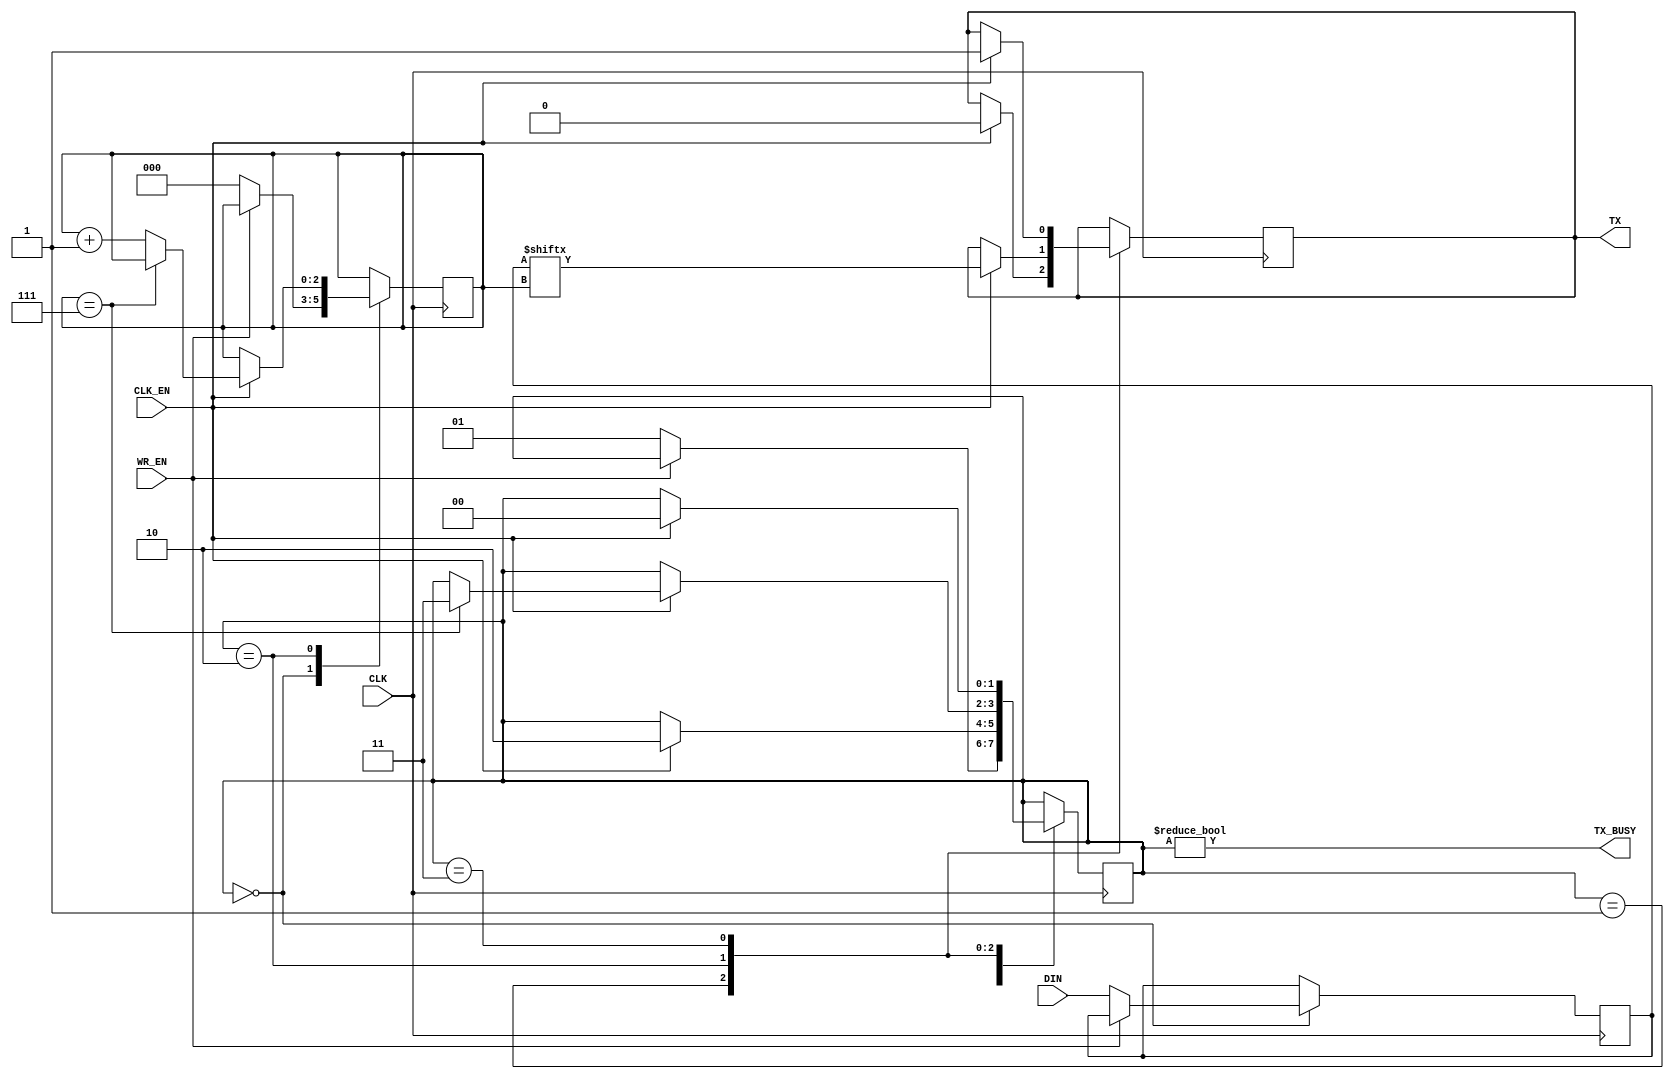
module uartTx(DIN, WR_EN, CLK, CLK_EN, TX, TX_BUSY);
	input  wire [7:0] DIN;	// Input Register
	input  wire WR_EN;		// Enable to start
	input  wire CLK;			
	input  wire CLK_EN;		// CLK for the transmitter
	output reg  TX;			// Register to hold the tranmitting bit
	output wire TX_BUSY;		// Busy signal
	
	initial begin
		TX = 1'b1;           // Initialize TX to 1 to begin transmit
	end
	
	// TX States
	parameter TX_STATE_IDLE  = 2'b00;
	parameter TX_STATE_START = 2'b01;
	parameter TX_STATE_DATA  = 2'b10;
	parameter TX_STATE_STOP  = 2'b11;
	
	reg [7:0] data  = 8'h00;         // Data Register
	reg [2:0] pos   = 3'h0;          // Bit position
	reg [1:0] state = TX_STATE_IDLE; // TX State
	
	
	always @(posedge CLK)
		begin
			case (state)
				TX_STATE_IDLE:
					begin
						if (~WR_EN)
							begin
								state <= TX_STATE_START;
								data  <= DIN;  // Get current data in
								pos   <= 3'h0; // Assign bit position to 0
							end
					end
					
				TX_STATE_START:
					begin
						if (CLK_EN)
							begin
								TX    <= 1'b0; // Transmission had started
								state <= TX_STATE_DATA;
							end
					end
					
				TX_STATE_DATA:
					begin
						if (CLK_EN)
							begin
								if (pos == 3'h7) // Assign data till all transmitted
									state <= TX_STATE_STOP;
								else
									pos   <= pos + 3'h1; // Increment by 001
								TX <= data[pos];
							end
					end
				
				TX_STATE_STOP:
					begin
						if (CLK_EN)
							begin
								TX    <= 1'b1; // TX=1, transmit ended
								state <= TX_STATE_IDLE;
							end
					end
					
				default:
					begin
						TX    <= 1'b1;			// Always begin with TX 1 after transmit end
						state <= TX_STATE_IDLE;
					end
			endcase
		end
		
		assign TX_BUSY = (state != TX_STATE_IDLE);
endmodule